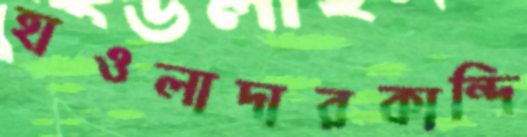
হাওলাদারকান্দি